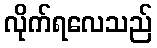
လိုက်ရလေသည်